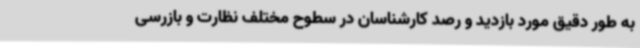
به طور دقیق مورد بازدید و رصد کارشناسان در سطوح مختلف نظارت و بازرسی